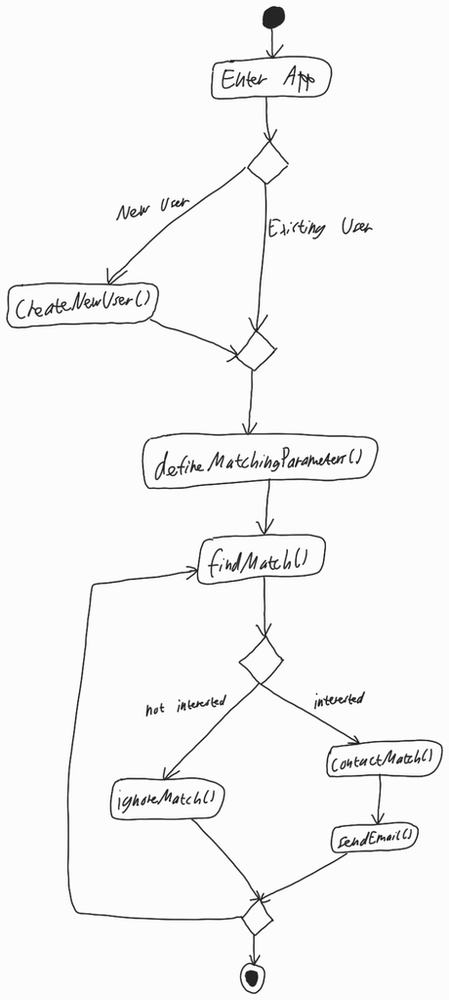
Diagram type: activity_diagram
```plantuml
@startuml

start

:Enter App;

if () then (New User)
  :CreateNewUser();
else (Existing User)
endif

:defineMatchingParameters;

repeat:findMatch();
  if () then (not interested)
    :ignoreMatch();
  else (interested)
    :contactMatch();
    :sendEmail();
  endif
repeat while

stop

@enduml
```